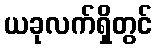
ယခုလက်ရှိတွင်